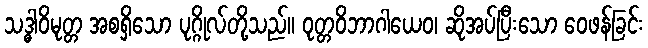
သဒ္ဓါဝိမုတ္တ အစရှိသော ပုဂ္ဂိုလ်တို့သည်။ ဝုတ္တဝိဘာဂါယေဝ၊ ဆိုအပ်ပြီးသော ဝေဖန်ခြင်း